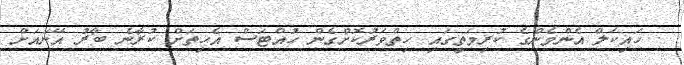
. ހައިކަލް އެންމެންގެ ކުރިމަތީގައި ހިތްވަރުކޮށްގެން ހުއްޓަސް އެހިތަށް ކުރާނެ ބާރު އޭނައަށް